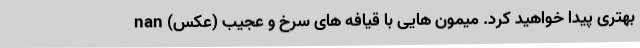
بهتری پیدا خواهید کرد. میمون هایی با قیافه های سرخ و عجیب (عکس) nan